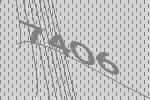
7406